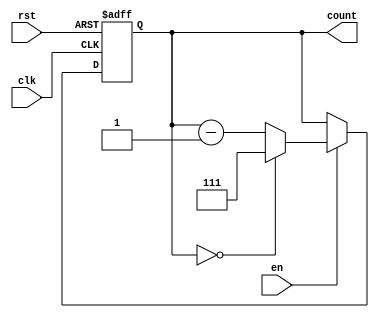
module binary_down_counter #(
    parameter N = 3 // Parameter for the number of bits in the counter
)(
    input wire clk,      // Clock input
    input wire rst,      // Asynchronous reset input
    input wire en,       // Enable input
    output reg [N-1:0] count // Counter output
);

    // Maximum value for the counter (2^N - 1)
    localparam MAX_COUNT = (1 << N) - 1;

    // Always block triggered on the rising edge of the clock
    always @(posedge clk or posedge rst) begin
        if (rst) begin
            // Reset the counter to the maximum value
            count <= MAX_COUNT;
        end else if (en) begin
            // Decrement the counter if enabled
            if (count == 0) begin
                count <= MAX_COUNT; // Wrap around to maximum value
            end else begin
                count <= count - 1; // Decrement the counter
            end
        end
        // If enable is low, the counter retains its value
    end

endmodule